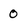
Character: 0